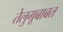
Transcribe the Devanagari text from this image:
तेलुगूबाबत